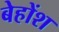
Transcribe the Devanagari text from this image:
बेहोंश